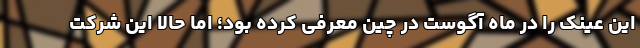
این عینک را در ماه آگوست در چین معرفی کرده بود؛ اما حالا این شرکت